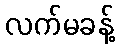
လက်မခန့်